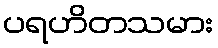
ပရဟိတသမား